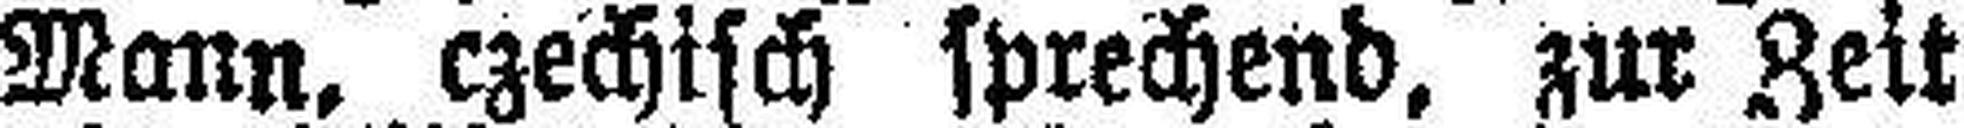
Mann, czechisch sprechend, zur Zeit